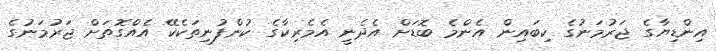
އިންޑިޔާގެ ޖަރުމަނުގެ ކިބައިން އެންމެ ބޮޑަށް އެދެނީ އެމެރިކާގެ ކުންފުނިތަކެކޭ އެއްގޮތަށް ޖަރުމަނުގެ